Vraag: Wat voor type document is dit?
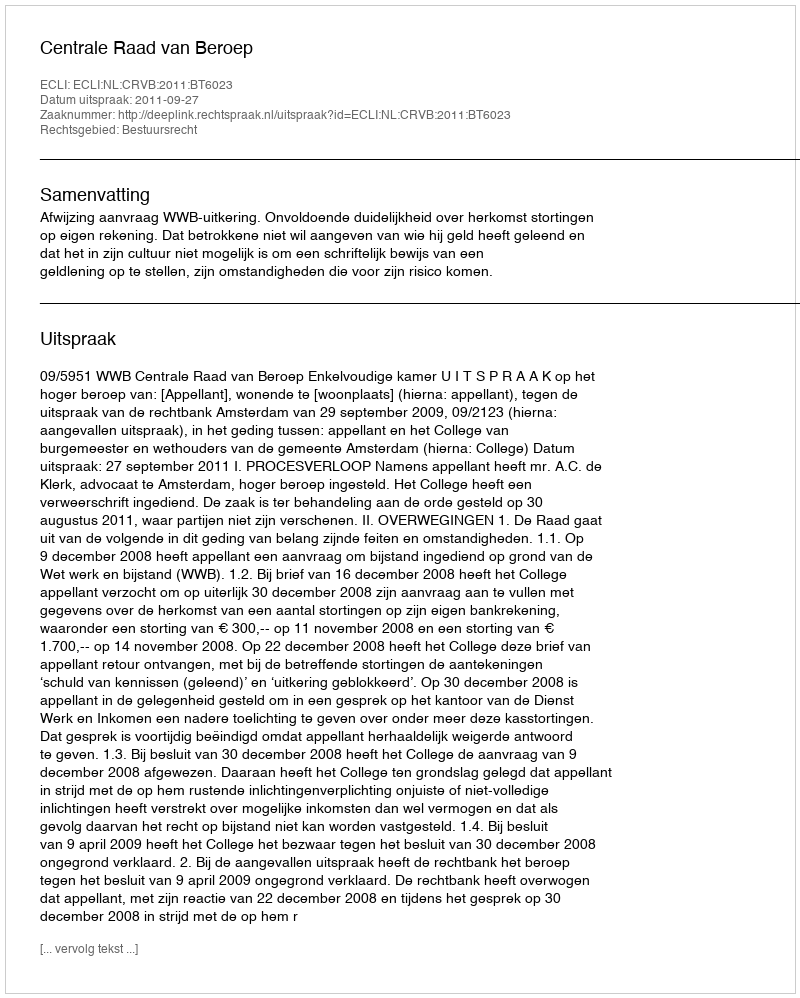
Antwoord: Uitspraak